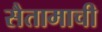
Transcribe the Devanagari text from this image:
सैतामाची